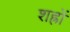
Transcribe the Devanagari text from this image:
शह्रों